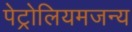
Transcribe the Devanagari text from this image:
पेट्रोलियमजन्य